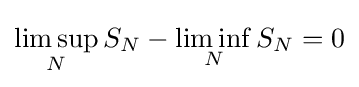
\limsup _{N}S_{N}-\liminf _{N}S_{N}=0